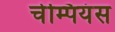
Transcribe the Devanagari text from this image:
चेम्पियंस